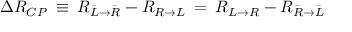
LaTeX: \Delta { \cal R } _ { C P } \: \equiv \: { \cal R } _ { { \bar { L } } \to { \bar { R } } } - { \cal R } _ { R \to L } \: = \: { \cal R } _ { { L } \to { R } } - { \cal R } _ { { \bar { R } } \to { \bar { L } } }